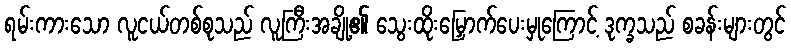
ရမ်းကားသော လူငယ်တစ်စုသည် လူကြီးအချို့၏ သွေးထိုးမြှောက်ပေးမှုကြောင့် ဒုက္ခသည် စခန်းများတွင်